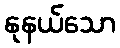
နုနယ်သော